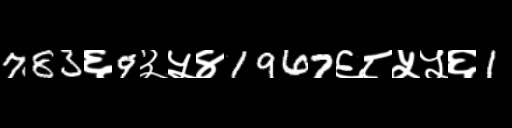
Text: 783६9३५४1967६८५५६1